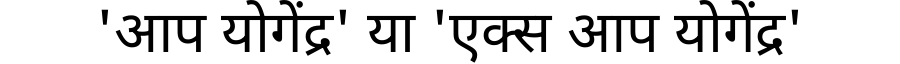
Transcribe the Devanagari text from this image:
'आप योगेंद्र' या 'एक्स आप योगेंद्र'